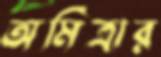
অমিত্রার